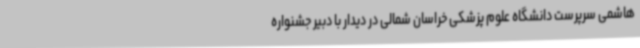
هاشمی سرپرست دانشگاه علوم پزشکی خراسان شمالی در دیدار با دبیر جشنواره